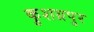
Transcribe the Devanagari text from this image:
कुशग्रपुर